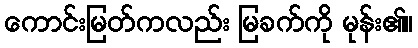
ကောင်းမြတ်ကလည်း မြခက်ကို မုန်း၏။